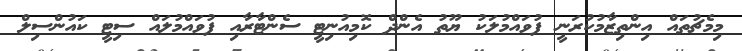
މިމެޗުތައް އިންތިޒާމުކުރަނީ ފުވައްމުލަކު ޔޫތު އެންދް ކޮމިއުނިޓީ ސެންޓާރާއި ފުވައްމުލައް ސިޓީ ކައުންސިލް